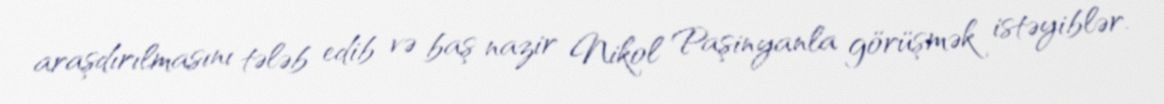
araşdırılmasını tələb edib və baş nazir Nikol Paşinyanla görüşmək istəyiblər.